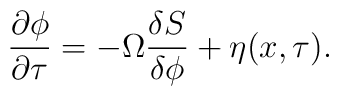
\frac{\partial\phi}{\partial \tau}=-\Omega \frac{\delta S}{\delta \phi}+ \eta(x,\tau).